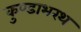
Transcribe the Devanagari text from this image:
कुण्डाभरथ